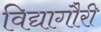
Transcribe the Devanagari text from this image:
विद्यागौरी